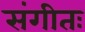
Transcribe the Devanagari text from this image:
संगीतः